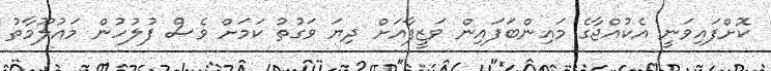
ކޮށްފައިވަނީ އެކުއްޖާގެ މައިންބަފައިން ވަޒީފާއަށް ދިޔަ ވަގުތު ކަމަށް ވެސް ފުލުހުން މައުލޫމާތު